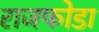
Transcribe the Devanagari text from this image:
राजफोडा